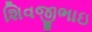
શિવજીભાઇ